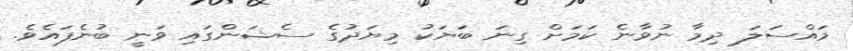
މައްސަލަ ދިމާ ނުވާނެ ކަމަށް ގިނަ ބަޔަކު މިޔަދުގެ ސެޝަންގައި ވަނީ ބުނެފައެވެ.